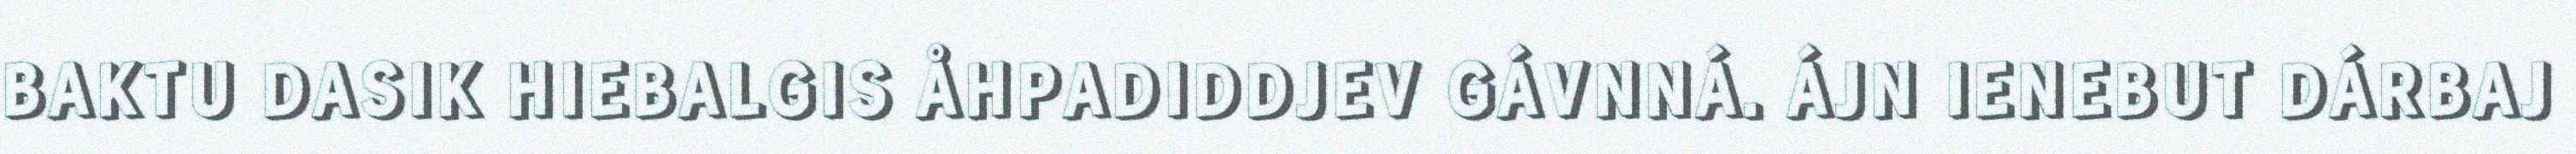
BAKTU DASIK HIEBALGIS ÅHPADIDDJEV GÁVNNÁ. ÁJN IENEBUT DÁRBAJ